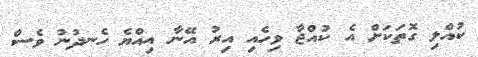
ކުއްލި ގޮތަކަށް އެ ކުއްޖާ ވިހެއި އިރު އޭނާ އިއްޔެ ހެނދުނު ވެސް